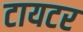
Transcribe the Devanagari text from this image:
टायटर